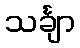
သင်္ချာ